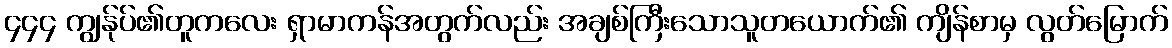
၄၄၄ ကျွန်ုပ်၏တူကလေး ရှာမာကန်အတွက်လည်း အချစ်ကြီးသောသူတယောက်၏ ကျိန်စာမှ လွတ်မြောက်